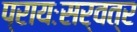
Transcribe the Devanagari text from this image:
प्रायःसर्वत्र